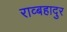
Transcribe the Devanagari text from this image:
राव्बहादुर